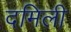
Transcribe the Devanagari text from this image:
दमिली